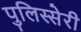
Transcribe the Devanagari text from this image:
पुलिस्सेरी